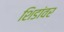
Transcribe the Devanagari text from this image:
शिडांवर